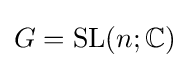
G=\operatorname {SL} (n;\mathbb {C} )